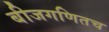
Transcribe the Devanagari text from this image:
बीजगणितच